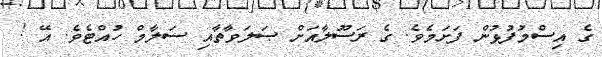
ގެ އިސްމުފުޅުން ފަށަމެވެ. ގެ ރަސޫލާއަށް ޞަލަވާތާއި ސަލާމް ހުއްޓެވެ. އޭ !